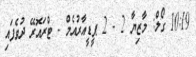
10:19 ގޯލް: މާޒިޔާ 2 - 2 ޕީޑީއާރުއެމް - ޓްރައޮރޭ ދުވެފައި